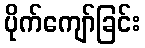
ပိုက်ကျော်ခြင်း